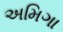
અમિગા